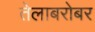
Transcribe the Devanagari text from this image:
तेलाबरोबर